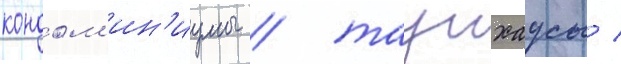
кондом'ин'иумы / таунхаусы /